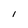
Character: l